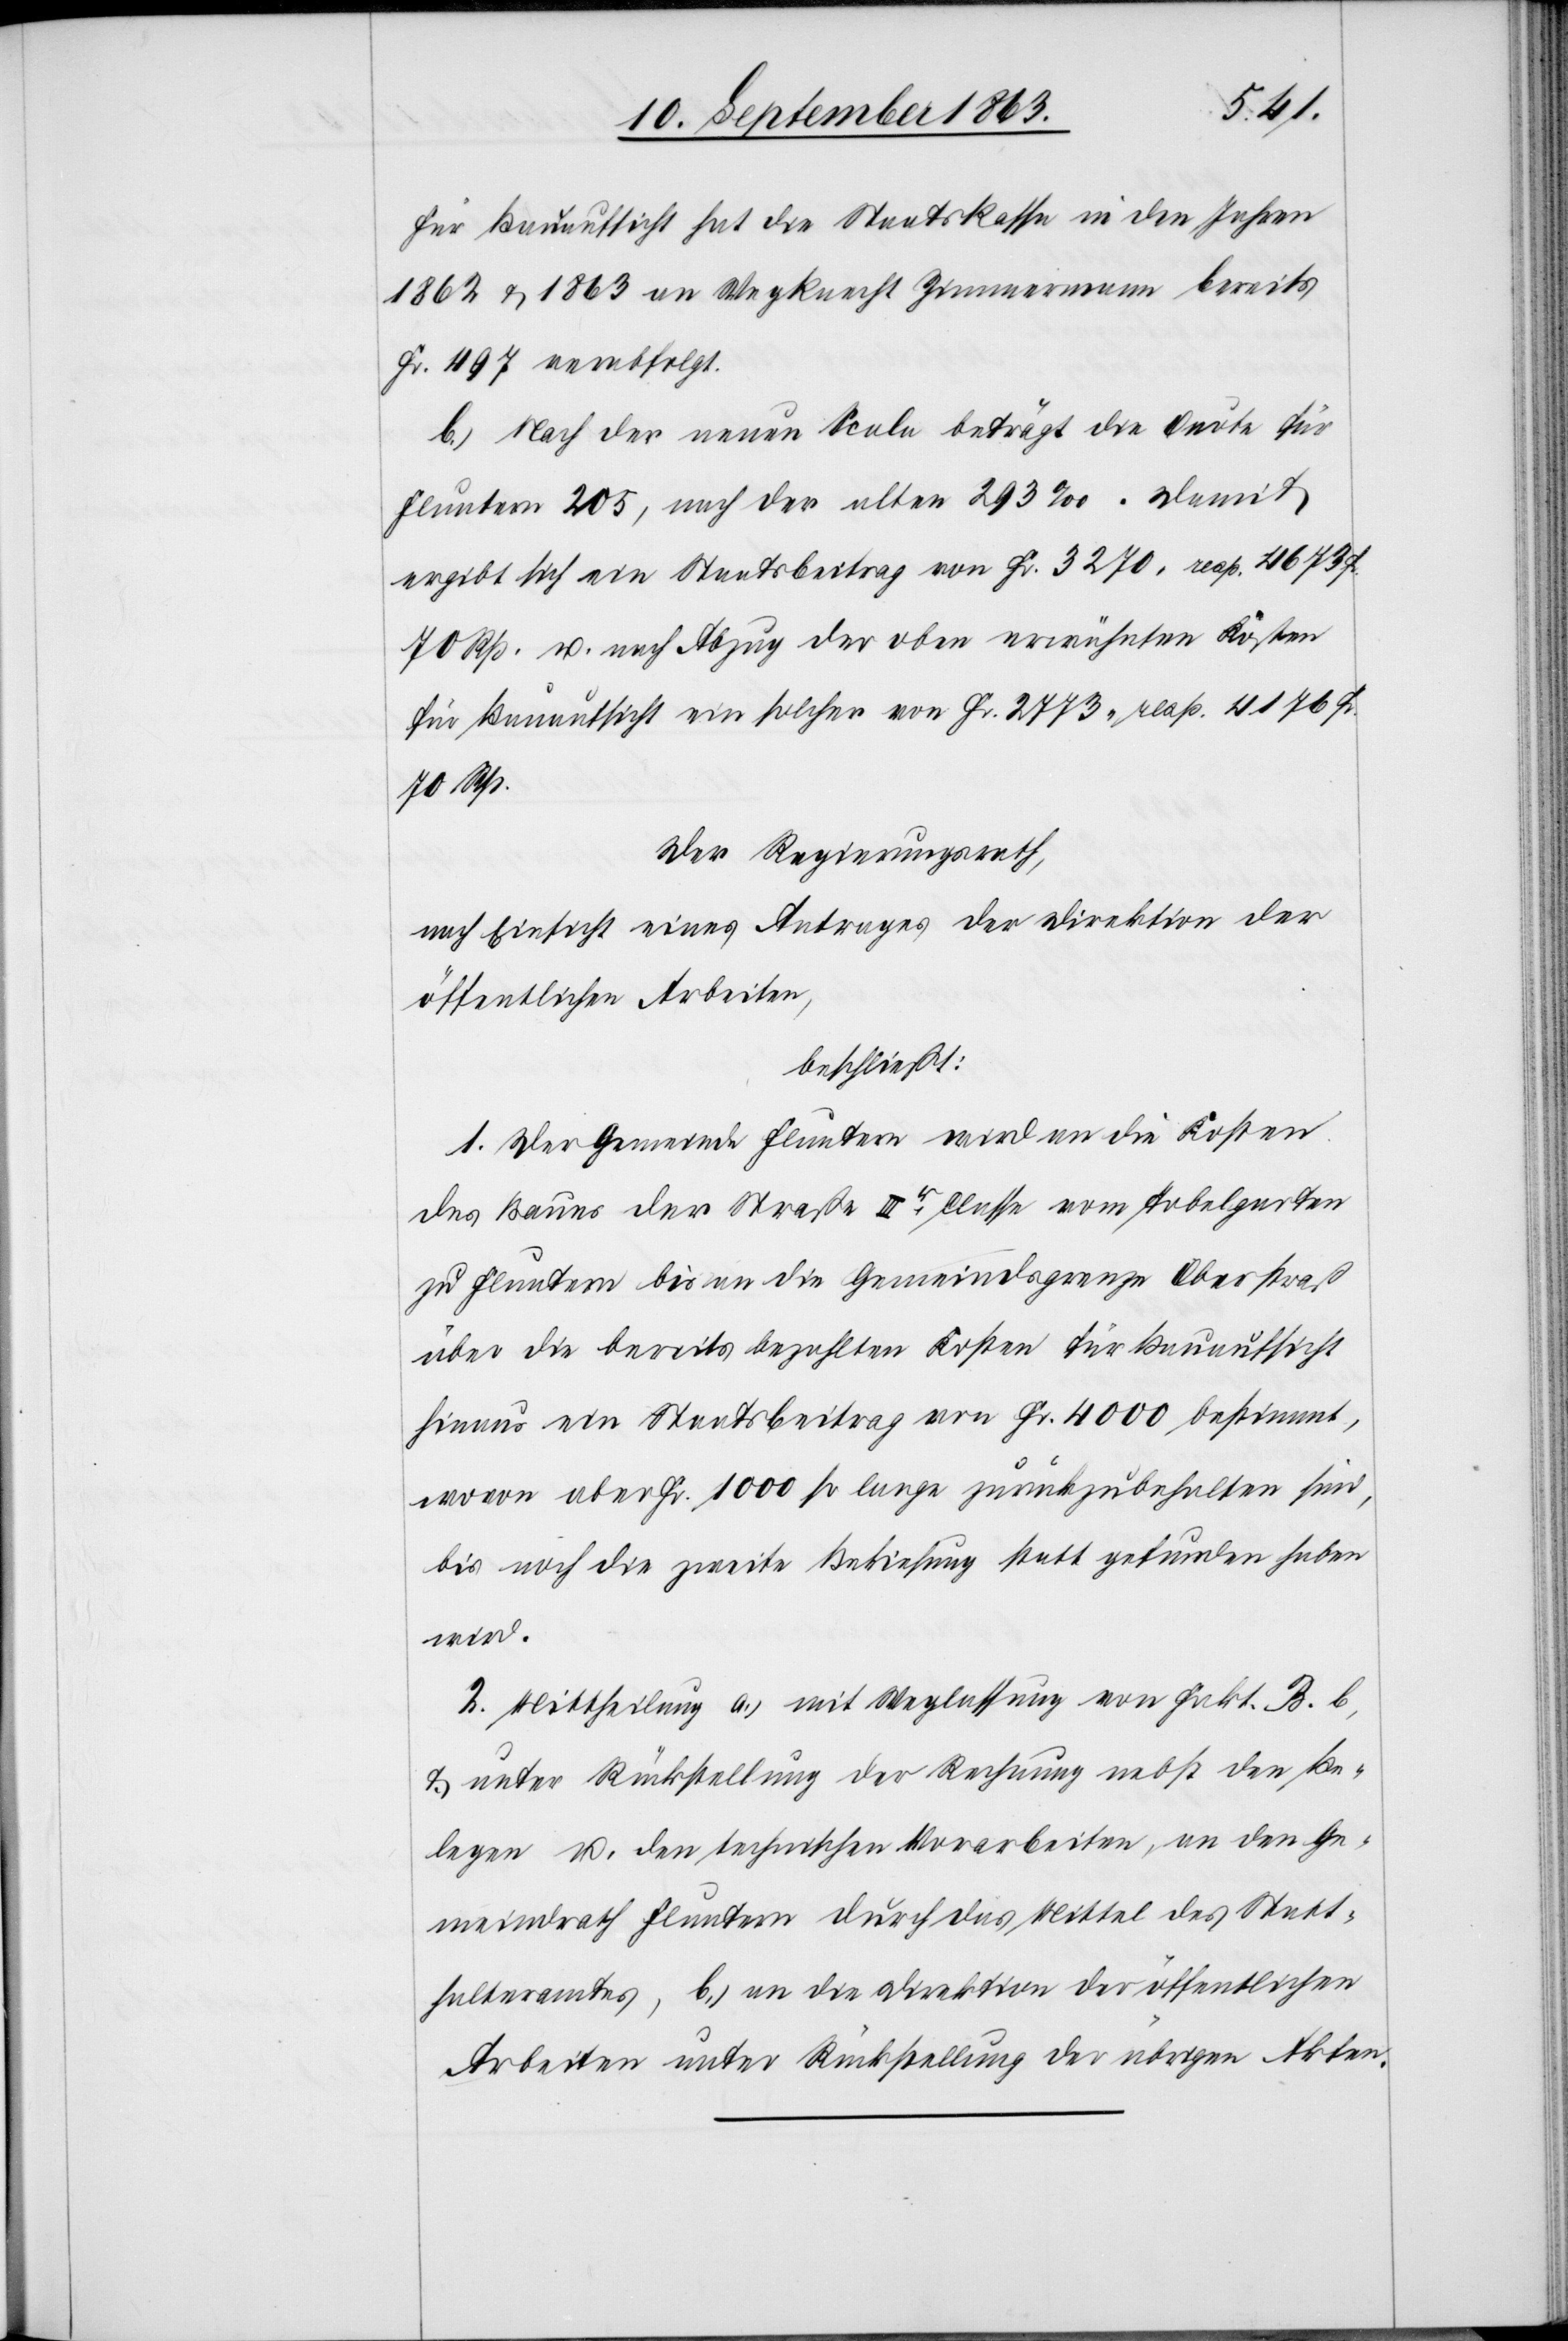
Für Bauaufsicht hat die Staatskassa in den Jahren
1862 & 1863 an Wegknecht Zimmermann bereits
Fr. 497 verabfolgt.
b.) Nach der neuen Scala beträgt die Quote für
Fluntern 205, nach der alten 293‰. Damit
ergibt sich ein Staatsbeitrag von Fr. 3270. resp. 4673
70 Rp. u. nach Abzug der oben erwähnten Kosten
für Bauaufsicht ein solcher von Fr. 2773. resp. 4176 Fr.
70 Rp.
Der Regierungsrath,
nach Einsicht eines Antrages der Direktion der
öffentlichen Arbeiten,
beschließt:
1. Der Gemeinde Fluntern wird an die Kosten
des Baues der Straße IIIr Classe vom Tobelgarten
zu Fluntern bis an die Gemeindsgrenze Oberstraß
über die bereits bezahlten Kosten für Bauaufsicht
hinaus ein Staatsbeitrag von Fr. 4000 bestimmt,
wovon aber Fr. 1000 so lange zurückzubehalten sind,
bis noch die zweite Bekiesung statt gefunden haben
wird.
2. Mittheilung a.) mit Weglassung von Fakt. B. b,
& unter Rückstellung der Rechnung nebst den Be¬
legen u. den technischen Vorarbeiten, an den Ge¬
meindrath Fluntern durch das Mittel des Statt¬
halteramtes, b.) an die Direktion der öffentlichen
Arbeiten unter Rückstellung der übrigen Akten.